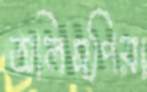
অলিম্পিয়া